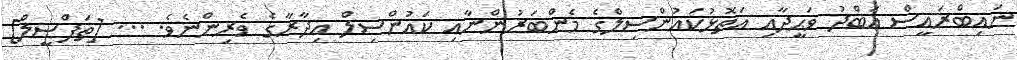
ނައިބްރައީސް ޢަބްދު ވަޙީދާއި އަތޮޅުކައުންސިލްގެ މެންބަރުންނާއި ކައުންސިލް އިދާރާގެ ވެރިންނެވެ. ... [ތަފްޞީލް]